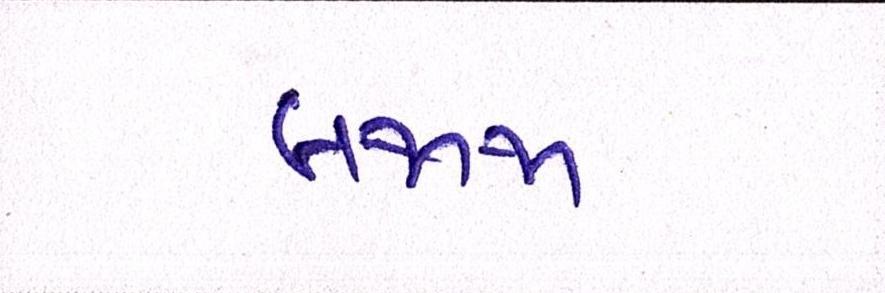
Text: બજાજ